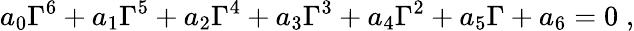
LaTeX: a_{0}\Gamma^{6}+a_{1}\Gamma^{5}+a_{2}\Gamma^{4}+a_{3}\Gamma^{3}+a_{4}\Gamma^{2}+a_{5}\Gamma+a_{6}=0\; ,